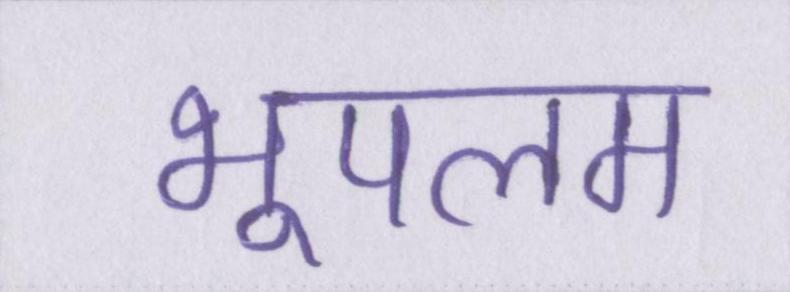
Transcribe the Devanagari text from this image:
भूपलम